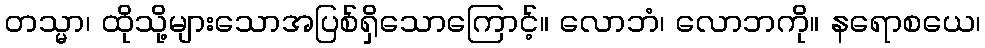
တသ္မာ၊ ထိုသို့များသောအပြစ်ရှိသောကြောင့်။ လောဘံ၊ လောဘကို။ နရောစယေ၊